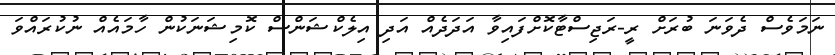
ނަމަވެސް ދެވަނަ ބުރަށް ރީ-ރަޖިސްޓާކޮށްފައިވާ އަދަދެއް އަދި އިލެކްޝަންސް ކޮމިޝަނަކުން ހާމައެއް ނުކުރައްވަ